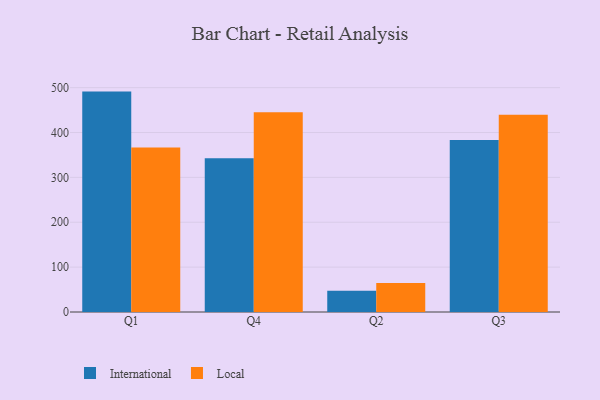
{"axis": {"x": "Quarter", "y": "Population (Million)"}, "legend": ["International", "Local"], "data": [{"x": "Q1", "y": 491.2, "type": "International"}, {"x": "Q1", "y": 366.7, "type": "Local"}, {"x": "Q4", "y": 342.7, "type": "International"}, {"x": "Q4", "y": 445.3, "type": "Local"}, {"x": "Q2", "y": 47.2, "type": "International"}, {"x": "Q2", "y": 64.9, "type": "Local"}, {"x": "Q3", "y": 383.6, "type": "International"}, {"x": "Q3", "y": 439.6, "type": "Local"}]}